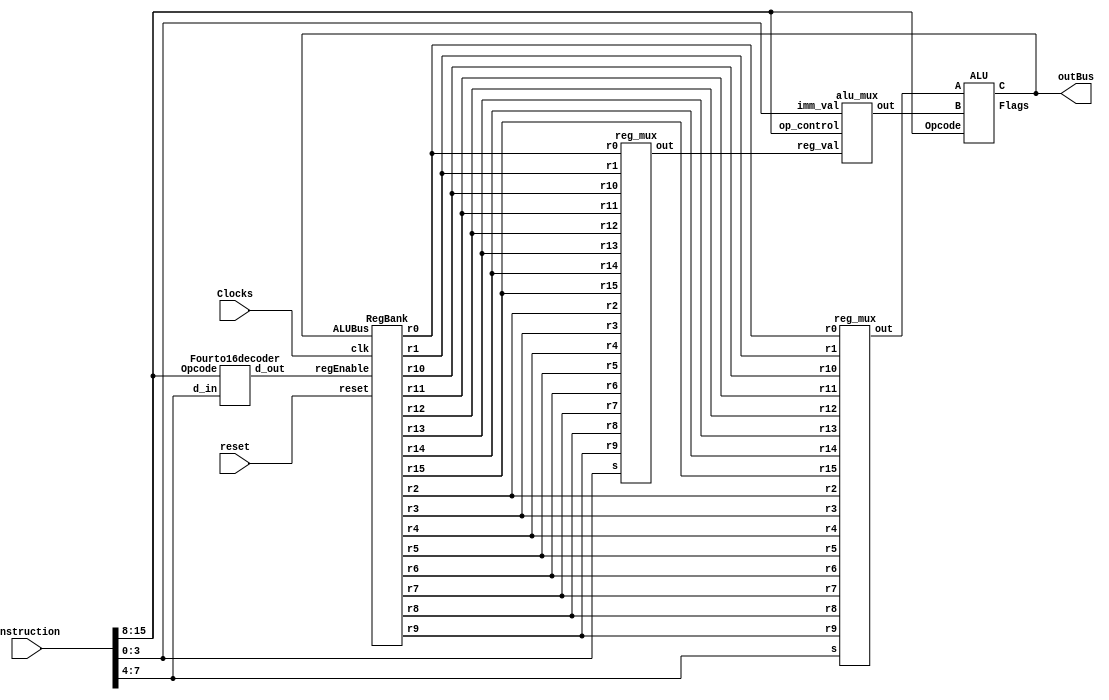
module instruction_decoder(instruction, reset, Clocks, outBus);
	input [15:0] instruction;
	input Clocks, reset;

	wire [15:0] reg_w;
	wire [15:0] flagwire;
	wire [15:0] alu_out, r0, r1, r2, r3, r4, r5, r6, r7, r8, r9, r10, r11, r12, r13, r14, r15, outA, outB, B_muxed;

	output [15:0] outBus;
	
	reg [3:0] A, B;
	reg [7:0] opcode;

	always@(*)begin //Sets the different sections of the flag
		opcode = instruction[15:8];
		A = instruction[7:4];
		B = instruction[3:0];
	end

	Fourto16decoder regEnable(opcode, A, reg_w);
	
	//Component modules
	RegBank reg_bank(outBus,r0, r1, r2, r3, r4, r5, r6, r7, r8, r9, r10, r11, r12, r13, r14, r15, reg_w, Clocks, reset);	
	Register flags (flagwire, 1'b1, reset, Clocks, flagwire); 
	reg_mux regA (r0, r1, r2, r3, r4, r5, r6, r7, r8, r9, r10, r11, r12, r13, r14, r15, A,outA);
	reg_mux regB (r0, r1, r2, r3, r4, r5, r6, r7, r8, r9, r10, r11, r12, r13, r14, r15, B,outB);
	alu_mux alumux(outB, B, opcode, B_muxed);
	ALU alu(outA, B_muxed, outBus, opcode, flagwire);

endmodule 

/////////////////////////////////////////////////////////////////////////////////////////////////////////////////


/////////////////////////////////////////////////////////////////////////////////////////////////////////////////
module Fourto16decoder(Opcode, d_in, d_out);
	input [3:0] d_in;
	input [7:0] Opcode;
	output reg [15:0] d_out;
	parameter tmp = 16'b0000_0000_0000_0001;

always@(*) begin
	if (Opcode == 8'd10 || Opcode == 8'd11 || Opcode == 8'd12 || Opcode == 8'd23) //Do not enable any reg in case of CMP or NOP instruction
		d_out = 16'd0;
	
	else begin
		case (d_in)
			4'b0000: begin d_out = tmp; end
		   4'b0001: begin d_out = tmp<<1; end
		   4'b0010: begin d_out = tmp<<2; end
		   4'b0011: begin d_out = tmp<<3; end
		   4'b0100: begin d_out = tmp<<4; end
		   4'b0101: begin d_out = tmp<<5; end
		   4'b0110: begin d_out = tmp<<6; end
		   4'b0111: begin d_out = tmp<<7; end
		   4'b1000: begin d_out = tmp<<8; end
		   4'b1001: begin d_out = tmp<<9; end
		   4'b1010: begin d_out = tmp<<10; end
		   4'b1011: begin d_out = tmp<<11; end
		   4'b1100: begin d_out = tmp<<12; end
		   4'b1101: begin d_out = tmp<<13; end
		   4'b1110: begin d_out = tmp<<14; end
		   4'b1111: begin d_out = tmp<<15; end
			default: begin d_out = 16'bxxxx_xxxx_xxxx_xxxx; end
		endcase
	end
end

endmodule 

/////////////////////////////////////////////////////////////////////////////////////////////////////////////////


/////////////////////////////////////////////////////////////////////////////////////////////////////////////////
module reg_mux(r0, r1, r2, r3, r4, r5, r6, r7, r8, r9, r10, r11, r12, r13, r14, r15, s, out);
	input [15:0] r0, r1, r2, r3, r4, r5, r6, r7, r8, r9, r10, r11, r12, r13, r14, r15; 
	input [3:0] s;
	output reg [15:0] out;
	
	always @(*) begin
		case(s)
			  4'b0000:  out <= r0; 
			  4'b0001:  out <= r1;
			  4'b0010:  out <= r2;
			  4'b0011:  out <= r3;
			  4'b0100:  out <= r4;
			  4'b0101:  out <= r5;
			  4'b0110:  out <= r6;
			  4'b0111:  out <= r7;
			  4'b1000:  out <= r8;
			  4'b1001:  out <= r9;
			  4'b1010:  out <= r10;
			  4'b1011:  out <= r11;
			  4'b1100:  out <= r12;
			  4'b1101:  out <= r13;
			  4'b1110:  out <= r14;
			  4'b1111:  out <= r15;
			  endcase
	end
	
endmodule

/////////////////////////////////////////////////////////////////////////////////////////////////////////////////


/////////////////////////////////////////////////////////////////////////////////////////////////////////////////
module alu_mux(reg_val, imm_val, op_control, out);
	input [15:0] reg_val;
	input [3:0] imm_val;
	input [7:0] op_control;
	output reg [15:0] out;
	
	always @(*)begin//If op_control is equal to any immediate instructions
	if (op_control == 8'b00000001 || op_control == 8'b00000011 || op_control == 8'b00000110 || op_control == 8'b00000111|| op_control == 8'b00001001 || op_control == 8'b00010010 || op_control ==  8'b00010100) begin
			out = $signed(imm_val); end
			
	else begin
		out = reg_val; end
	end
		
endmodule

/////////////////////////////////////////////////////////////////////////////////////////////////////////////////


/////////////////////////////////////////////////////////////////////////////////////////////////////////////////
module Register(D_in, wEnable, reset, clk, r);
	input [15:0] D_in;
	input clk, wEnable, reset;
	output reg [15:0] r;
	 
 always @( posedge clk )
	begin
		if (!reset) begin
			r <= 16'b0000000000000000; end
	else
		begin			
			if (wEnable)
				begin
					r <= D_in;
				end
			else
				begin
					r <= r;
				end
		end
	end
endmodule

/////////////////////////////////////////////////////////////////////////////////////////////////////////////////


/////////////////////////////////////////////////////////////////////////////////////////////////////////////////
// Shown below is one way to implement the register file
// This is a bottom-up, structural instantiation
// Another module is described in another file...
// .... which shows two dimensional construct for regfile

// Structural Implementation of RegBank
/********/
module RegBank(ALUBus, r0, r1, r2, r3, r4, r5, r6, r7, r8, r9, r10, r11, r12, r13, r14, r15, regEnable, clk, reset);
	input clk, reset;
	input [15:0] ALUBus;
	input [15:0] regEnable;
	output [15:0] r0, r1, r2, r3, r4, r5, r6, r7, r8, r9, r10, r11, r12, r13, r14, r15;

	
Register Inst0(
	.D_in(ALUBus),
	.wEnable(regEnable[0]),
	.reset(reset), 
	.clk(clk),
	.r(r0));
Register Inst1(ALUBus, regEnable[1], reset, clk, r1);
Register Inst2(ALUBus, regEnable[2], reset, clk, r2);
Register Inst3(ALUBus, regEnable[3], reset, clk, r3);
Register Inst4(ALUBus, regEnable[4], reset, clk, r4);
Register Inst5(ALUBus, regEnable[5], reset, clk, r5);
Register Inst6(ALUBus, regEnable[6], reset, clk, r6);
Register Inst7(ALUBus, regEnable[7], reset, clk, r7);
Register Inst8(ALUBus, regEnable[8], reset, clk, r8);
Register Inst9(ALUBus, regEnable[9], reset, clk, r9);
Register Inst10(ALUBus, regEnable[10], reset, clk, r10);
Register Inst11(ALUBus, regEnable[11], reset, clk, r11);
Register Inst12(ALUBus, regEnable[12], reset, clk, r12);
Register Inst13(ALUBus, regEnable[13], reset, clk, r13);
Register Inst14(ALUBus, regEnable[14], reset, clk, r14);
Register Inst15(ALUBus, regEnable[15], reset, clk, r15); 

endmodule

/////////////////////////////////////////////////////////////////////////////////////////////////////////////////


/////////////////////////////////////////////////////////////////////////////////////////////////////////////////
module ALU( A, B, C, Opcode, Flags);
input [15:0] A, B;
input [7:0] Opcode;
output reg [15:0] C;
output reg [15:0] Flags; // Flags[4]-ZF Flags[3]-CF,  Flags[2]-FF, Flags[1]-LF, Flags[0]-NF -> truncate leading bits

parameter ADD    = 8'b00000000;
parameter ADDI   = 8'b00000001;
parameter ADDU   = 8'b00000010;
parameter ADDUI  = 8'b00000011;
parameter ADDC   = 8'b00000100;
parameter ADDCU  = 8'b00000101;
parameter ADDCUI = 8'b00000110;
parameter ADDCI  = 8'b00000111;
parameter SUB    = 8'b00001000;
parameter SUBI   = 8'b00001001;
parameter CMP    = 8'b00001010;
parameter CMPI   = 8'b00001011;
parameter CMPU   = 8'b00001100;
parameter AND    = 8'b00001101;
parameter OR     = 8'b00001110;
parameter XOR    = 8'b00001111;
parameter NOT    = 8'b00010000;
parameter LSH    = 8'b00010001;
parameter LSHI   = 8'b00010010;
parameter RSH    = 8'b00010011;
parameter RSHI   = 8'b00010100;
parameter ALSH   = 8'b00010101;
parameter ARSH   = 8'b00010110;
parameter NOP    = 8'b00010111;


always @(A, B, Opcode)
begin
	case (Opcode)
	ADDU:
		begin
		{Flags[3], C} = A + B;

		if (C == 'h0)
			Flags[4] = 1'b1; // Set Z flag if all zeros
		else
			Flags[4] = 1'b0;
		Flags[2:0] = 3'b000;
		Flags[15:5] = 9'b0;
		end

	ADD:
		begin
		C = A + B;
		if (C == 'h0) Flags[4] = 1'b1;
		else Flags[4] = 1'b0;
		if( (~A[15] & ~B[15] & C[15]) | (A[15] & B[15] & ~C[15]) ) Flags[2] = 1'b1; // Checks if overflow occurred. Another way of writing it: if (a > 0 & b > 0 & c < 0 | a < 0 & b < 0 & c > 0), set overflow bit.
		else Flags[2] = 1'b0;
		Flags[1:0] = 2'b00; Flags[3] = 1'b0;
		Flags[15:5] = 9'b0;
		end

    ADDI:
        begin
		C = A + B;
		if (C == 4'b0000) Flags[4] = 1'b1;
		else Flags[4] = 1'b0;
		if( (~A[15] & ~B[15] & C[15]) | (A[15] & B[15] & ~C[15]) ) Flags[2] = 1'b1;
		else Flags[2] = 1'b0;
		Flags[1:0] = 2'b00; Flags[3] = 1'b0;
		Flags[15:5] = 9'b0;
		end

    ADDUI:
		begin
		{Flags[3], C} = A + B;
		// perhaps if ({Flags[3], C} == 5'b00000) ....
		if (C == 'h0) Flags[4] = 1'b1;
		else Flags[4] = 1'b0;
		Flags[2:0] = 3'b000;
		Flags[15:5] = 9'b0;
		end

    ADDC:
        begin
        C = A + B + Flags[3];
		if (C == 'h0) Flags[4] = 1'b1;
		else Flags[4] = 1'b0;
		if( (~A[15] & ~B[15] & C[15]) | (A[15] & B[15] & ~C[15]) ) Flags[2] = 1'b1;
		else Flags[2] = 1'b0;
		Flags[1:0] = 2'b00; Flags[3] = 1'b0;
		Flags[15:5] = 9'b0;
		end

    ADDCU:
		begin
		{Flags[3], C} = A + B + Flags[3];
		// perhaps if ({Flags[3], C} == 5'b00000) ....
		if (C == 'h0) Flags[4] = 1'b1;
		else Flags[4] = 1'b0;
		Flags[2:0] = 3'b000;
		Flags[15:5] = 9'b0;
		end

    ADDCUI:
		begin
		{Flags[3], C} = A + B + Flags[3];
		// perhaps if ({Flags[3], C} == 5'b00000) ....
		if (C == 'h0) Flags[4] = 1'b1;
		else Flags[4] = 1'b0;
		Flags[2:0] = 3'b000;
		Flags[15:5] = 9'b0;
		end

    ADDCI:
		begin
		{Flags[3], C} = A + Flags[3];
		// perhaps if ({Flags[3], C} == 5'b00000) ....
		if (C == 'h0) Flags[4] = 1'b1;
		else Flags[4] = 1'b0;
		Flags[2:0] = 3'b000;
		Flags[15:5] = 9'b0;
		end

	SUB:
		begin
		C = A - B;
		if (C == 16'd0) Flags[4] = 1'b1; //Sets the Z flag
		else Flags[4] = 1'b0;
		if( (~A[15] & ~B[15] & C[15]) | (A[15] & B[15] & ~C[15]) ) Flags[2] = 1'b1; //Sets the F flag
		else Flags[2] = 1'b0;

		Flags[1:0] = 2'b00; Flags[3] = 1'b0; //Ensure Other Flags to 0
		Flags[15:5] = 9'b0;
		end

	SUBI: //Same as SUB
		begin
		C = A - B;
		if (C == 16'd0) Flags[4] = 1'b1; //Sets the Z flag
		else Flags[4] = 1'b0;
		if( (~A[15] & ~B[15] & C[15]) | (A[15] & B[15] & ~C[15]) ) Flags[2] = 1'b1; //Sets the F flag
		else Flags[2] = 1'b0;
		Flags[1:0] = 2'b00; Flags[3] = 1'b0; //Ensure Other Flags to 0
		Flags[15:5] = 9'b0;
		end
		
	CMP:
		begin
		if( $signed(A) < $signed(B) ) Flags[1:0] = 2'b11;
		else Flags[1:0] = 2'b00;
		C = 16'dx;
		if ($signed(A) == $signed(B)) Flags[4:2] = 3'b100;
		else Flags[4:2] = 3'b000;
		Flags[15:5] = 9'b0;
		end

	CMPU:
		begin
		if ( A < B ) Flags[1:0] = 2'b10; // A is Rdest, B is Rsrc
		else Flags[1:0] = 2'b00;
		C = 16'dx;
		if (A == B) Flags[4:2] = 3'b100;
		else Flags[4:2] = 3'b000;
		Flags[15:5] = 9'b0;
		end


	AND:
		begin
			C = A & B;
			Flags = 16'd0;
		end

	OR:
		begin
			C = A | B;
			Flags = 16'dx;
		end

	XOR:
		begin
		C = A ^ B;
		Flags = 16'dx;
		end

	NOT:
		begin
			C = ~A; // Output is opposite of A, either 1 or 0
		Flags = 16'dx;
		end

  LSH:
      begin
      if (B > 0)
        // Perform shift on A by B
        C  = A << B; // Fills with zeroes

      else
        // Perform shift by 1
        C = A << 1;
      Flags = 16'dx;
      end

  LSHI:
    begin
    if (B > 0)
      // Perform shift on A by B
      C = A << B; // Fills with zeroes

    else
      // Perform shift by 1
      C = A << 1;
    Flags = 16'dx;
    end

  ARSH:
    begin
    if (B > 0)
      // Perform shift on A by B
      C = A >>> B; // Sign extended

    else
      // Perform shift by 1
      C = A >>> 1; // Sign extended
    Flags = 16'dx;
    end

  ALSH:
    begin
    if (B > 0)
      // Perform shift on A by B
      C = A << B; // Sign extended

    else
      // Perform shift by 1
      C =A << 1; // Sign extended
	Flags = 16'dx;
    end

  RSH:
    begin
    if (B > 0)
      // Perform shift on A by B
      C = A >> B; // Sign extended

    else
      // Perform shift by 1
      C = A >> 1; // logical extended
	Flags = 16'dx;
    end
  
  RSHI:
    begin
    if (B > 0)
      // Perform shift on A by B
      C = A >>> B; // Sign extended

    else
      // Perform shift by 1
      C = A >>> 1; // Sign extended
	Flags = 16'dx;
    end

  NOP:
    begin
   	//do nothing
		C = 16'dx;
		Flags = 16'dx;

    end

	default:
		begin
			C = 16'b0000;
			Flags = 16'b00000;
		end
	endcase
end

endmodule

/////////////////////////////////////////////////////////////////////////////////////////////////////////////////


/////////////////////////////////////////////////////////////////////////////////////////////////////////////////
module hexTo7Seg(input [3:0]x, output reg [6:0]z);
always @*
case(x)
	4'b0000 :			//Hexadecimal 0
	z = ~7'b0111111;
   4'b0001 :			//Hexadecimal 1
	z = ~7'b0000110;
   4'b0010 :			//Hexadecimal 2
	z = ~7'b1011011;
   4'b0011 : 			//Hexadecimal 3
	z = ~7'b1001111;
   4'b0100 : 			//Hexadecimal 4
	z = ~7'b1100110;
   4'b0101 : 			//Hexadecimal 5
	z = ~7'b1101101;
   4'b0110 : 			//Hexadecimal 6
	z = ~7'b1111101;
   4'b0111 :			//Hexadecimal 7
	z = ~7'b0000111;
   4'b1000 : 			//Hexadecimal 8
	z = ~7'b1111111;
   4'b1001 : 			//Hexadecimal 9
	z = ~7'b1100111;
	4'b1010 : 			//Hexadecimal A
	z = ~7'b1110111;
	4'b1011 : 			//Hexadecimal B
	z = ~7'b1111100;
	4'b1100 : 			//Hexadecimal C
	z = ~7'b1011000;
	4'b1101 : 			//Hexadecimal D
	z = ~7'b1011110;
	4'b1110 : 			//Hexadecimal E
	z = ~7'b1111001;
	4'b1111 : 			//Hexadecimal F	
	z = ~7'b1110001; 
   default :
	z = ~7'b0000000;
endcase
endmodule